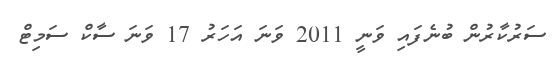
ސަރުކާރުން ބުނެފައި ވަނީ 2011 ވަނަ އަހަރު 17 ވަނަ ސާކް ސަމިޓް